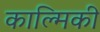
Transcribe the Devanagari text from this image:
काल्मिकी